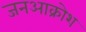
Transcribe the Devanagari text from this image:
जनआक्रोश